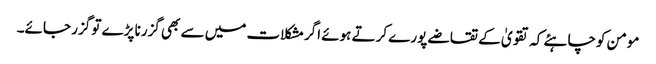
مومن کوچاہئے کہ تقویٰ کے تقاضے پورے کرتے ہوئے اگرمشکلات میں سے بھی گزرنا پڑے تو گزر جائے۔